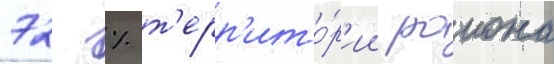
72 % т'ерр'ито́р'ии раиона